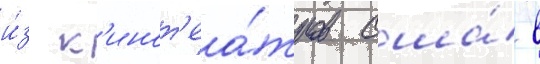
и́з к'инот'еа́тров сша́ в